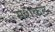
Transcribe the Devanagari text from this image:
मशकट